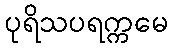
ပုရိသပရက္ကမေ